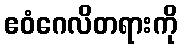
ဧဝံဂေလိတရားကို